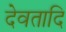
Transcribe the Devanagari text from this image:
देवतादि